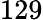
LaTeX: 129